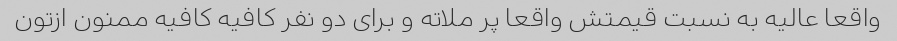
واقعا عالیه به نسبت قیمتش واقعا پر ملاته و برای دو نفر کافیه کافیه ممنون ازتون